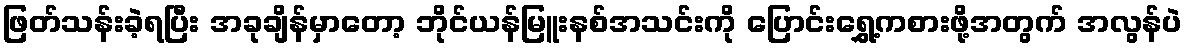
ဖြတ်သန်းခဲ့ရပြီး အခုချိန်မှာတော့ ဘိုင်ယန်မြူးနစ်အသင်းကို ပြောင်းရွှေ့ကစားဖို့အတွက် အလွန်ပဲ